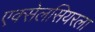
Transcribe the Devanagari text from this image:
एक्सेलसियरला